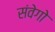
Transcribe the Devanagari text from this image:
संवेगो